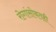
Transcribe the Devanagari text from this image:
रोगांसोबतही